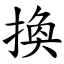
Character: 換